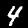
Label: 4